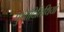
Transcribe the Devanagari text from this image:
पुणादितिथियां